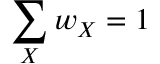
\sum _ { X } w _ { X } = 1